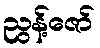
ညွန့်ဇော်